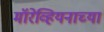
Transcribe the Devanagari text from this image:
मॉरेव्हियनाच्या